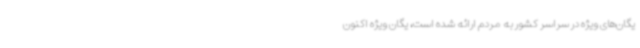
یگان‌های ویژه در سراسر کشور به مردم ارائه شده است، یگان ویژه اکنون